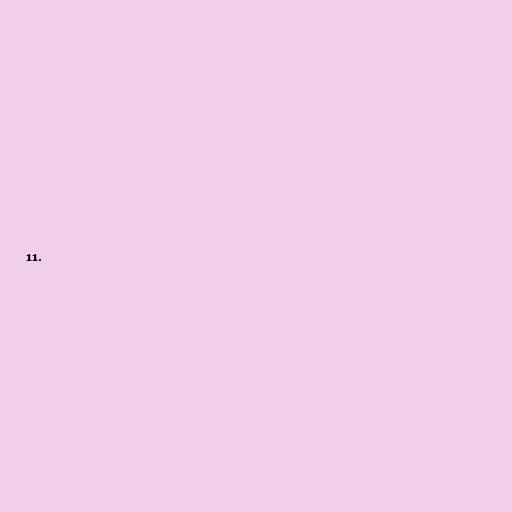
11.